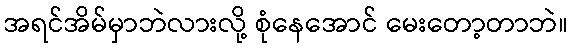
အရင်အိမ်မှာဘဲလားလို့ စုံနေအောင် မေးတော့တာဘဲ။